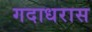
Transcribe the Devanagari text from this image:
गदाधरास